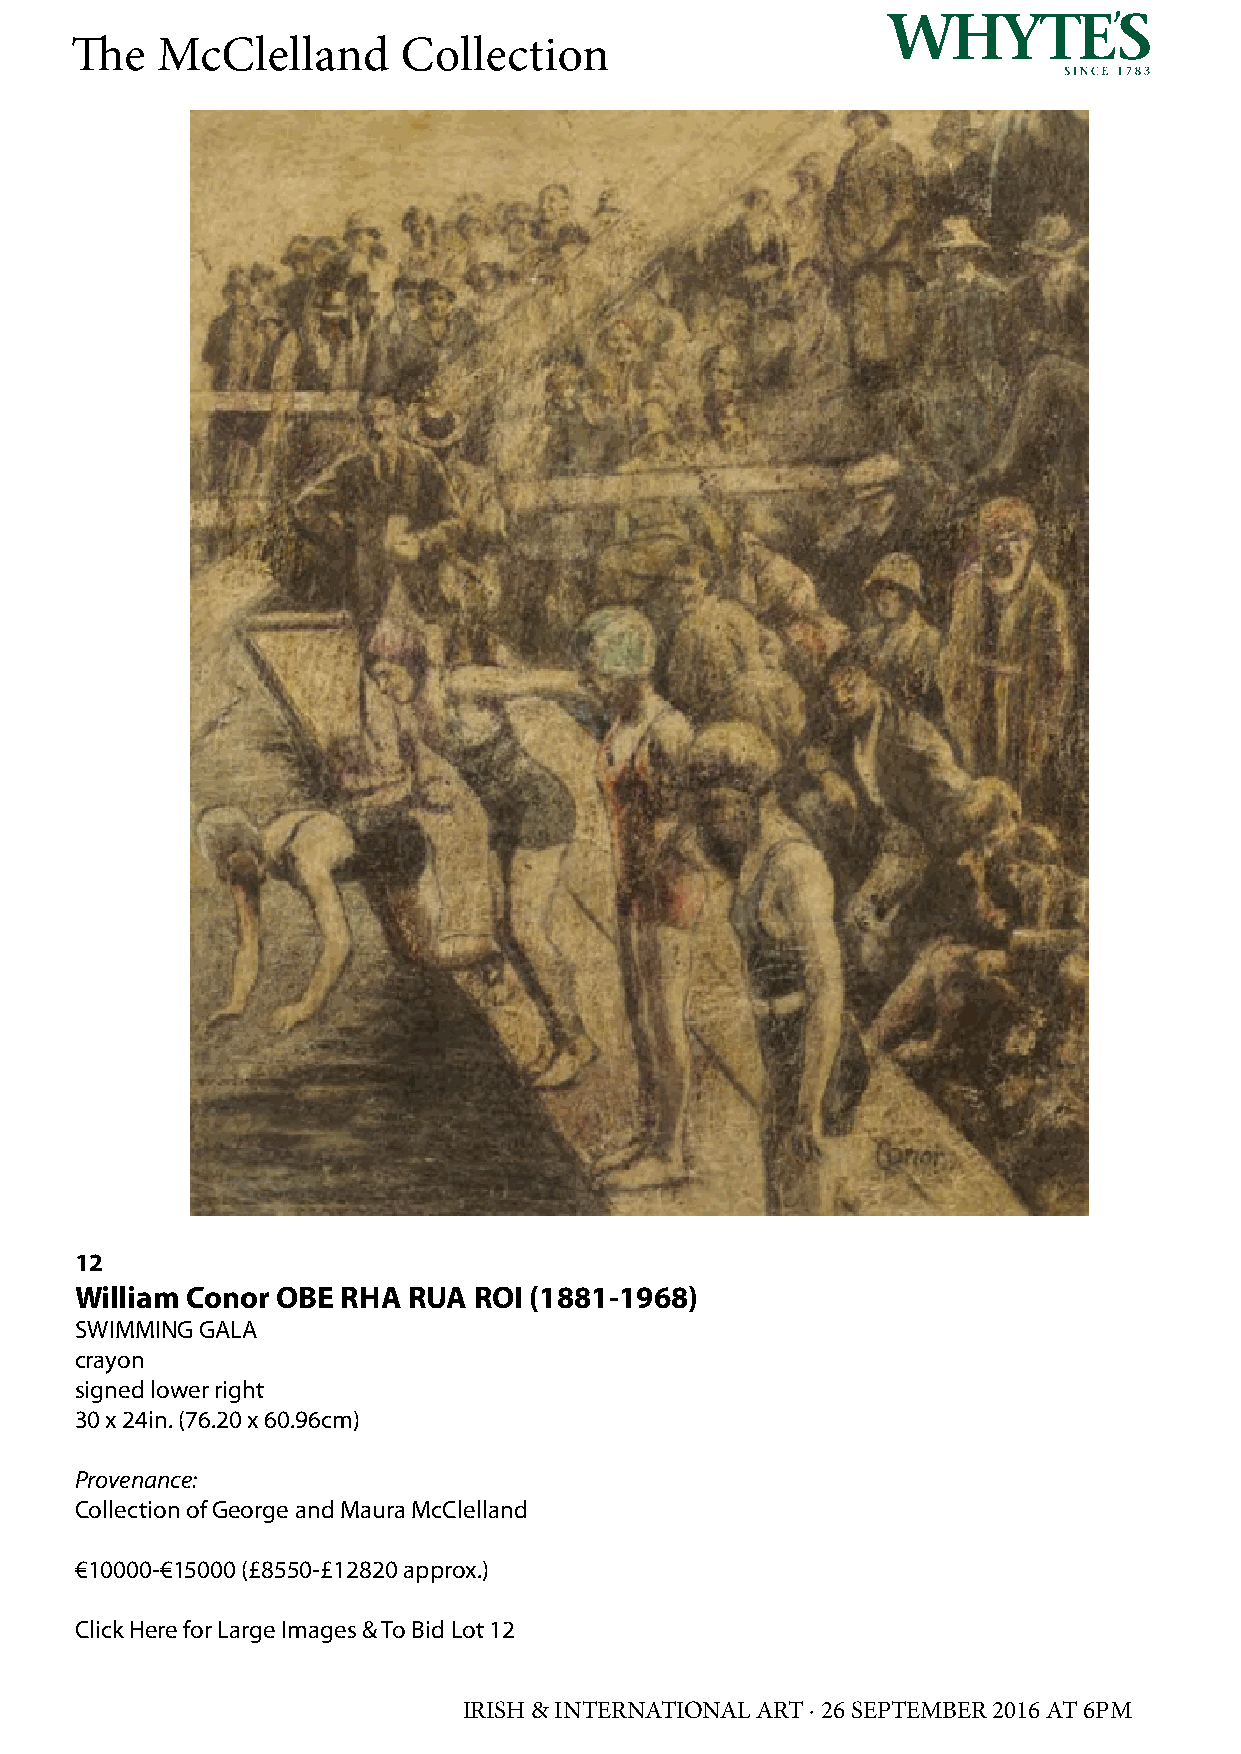
The  McClelland       Collection
 12
 William Conor OBE RHA RUA ROI (1881-1968)
 SWIMMING GALA
 crayon
 signed lower right
 30 x 24in. (76.20 x 60.96cm)
 Provenance:
 Collection of George and Maura McClelland
 €10000-€15000 (£8550-£12820 approx.)
 Click Here for Large Images & To Bid Lot 12
 IRISH & INTERNATIONAL ART · 26 SEPTEMBER 2016 AT 6PM